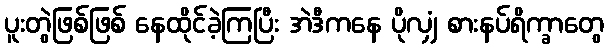
ပူးတွဲဖြစ်ဖြစ် နေထိုင်ခဲ့ကြပြီး အဲဒီကနေ ပိုလျှံ စားနပ်ရိက္ခာတွေ